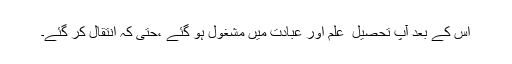
اس کے بعد آپ تحصیل ِ علم اور عبادت میں مشغول ہو گئے ،حتی کہ انتقال کر گئے۔